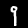
Digit: 9